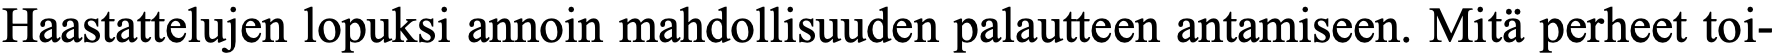
Haastattelujen lopuksi annoin mahdollisuuden palautteen antamiseen. Mitä perheet toi-